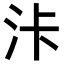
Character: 𣳓